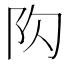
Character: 𨸤